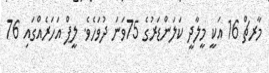
މާރޗް 16 އަކީ މީލާދީ ކަލަންޑަރުގެ 75ވަނަ ދުވަހެވެ. ލީޕް އަހަރެއްގައި 76